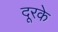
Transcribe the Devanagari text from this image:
दूरके